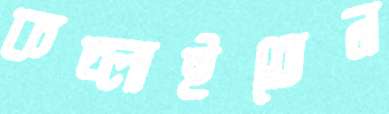
কচ্‌লাইতেন